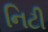
નિટી